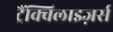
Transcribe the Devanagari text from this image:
ट्रैंक्विलाइज़र्स